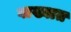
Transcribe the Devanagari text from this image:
वाख्यात